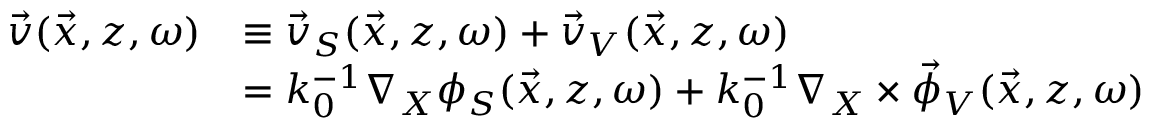
\begin{array} { r l } { \vec { v } ( \vec { x } , z , \omega ) } & { \equiv \vec { v } _ { S } ( \vec { x } , z , \omega ) + \vec { v } _ { V } ( \vec { x } , z , \omega ) } \\ & { = k _ { 0 } ^ { - 1 } \nabla _ { X } \phi _ { S } ( \vec { x } , z , \omega ) + k _ { 0 } ^ { - 1 } \nabla _ { X } \times \vec { \phi } _ { V } ( \vec { x } , z , \omega ) } \end{array}